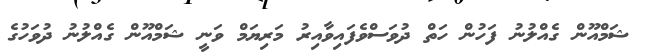
ޝަމްއޫން ގެއްލުނު ފަހުން ހަތް ދުވަސްވެފައިވާއިރު މަރިޔަމް ވަނީ ޝަމްއޫން ގެއްލުނު ދުވަހުގެ